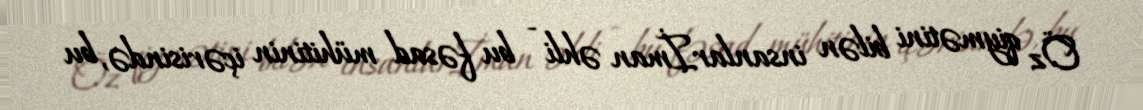
Öz qiymətini bilən insanlarİman əhli - bu fəsad mühitinin içərisində, bu